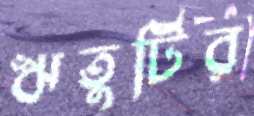
ঋতুটির